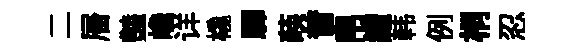
二層𧰟巉详橇驛𦴤昔帛鱣韩例桐忍